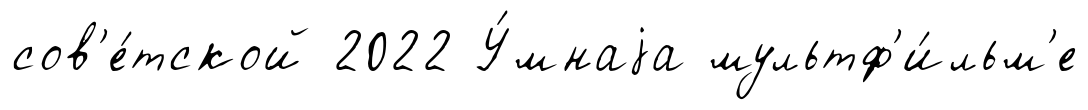
сов'е́тской 2022 У́мнаjа мультф'и́льм'е